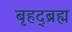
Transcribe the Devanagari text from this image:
बृहद्ब्रह्म